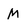
Character: m